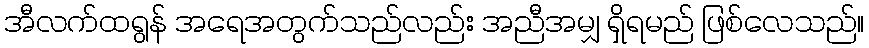
အီလက်ထရွန် အရေအတွက်သည်လည်း အညီအမျှ ရှိရမည် ဖြစ်လေသည်။